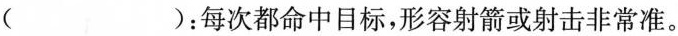
( )：每次都命中目标，形容射箭或射击非常准。